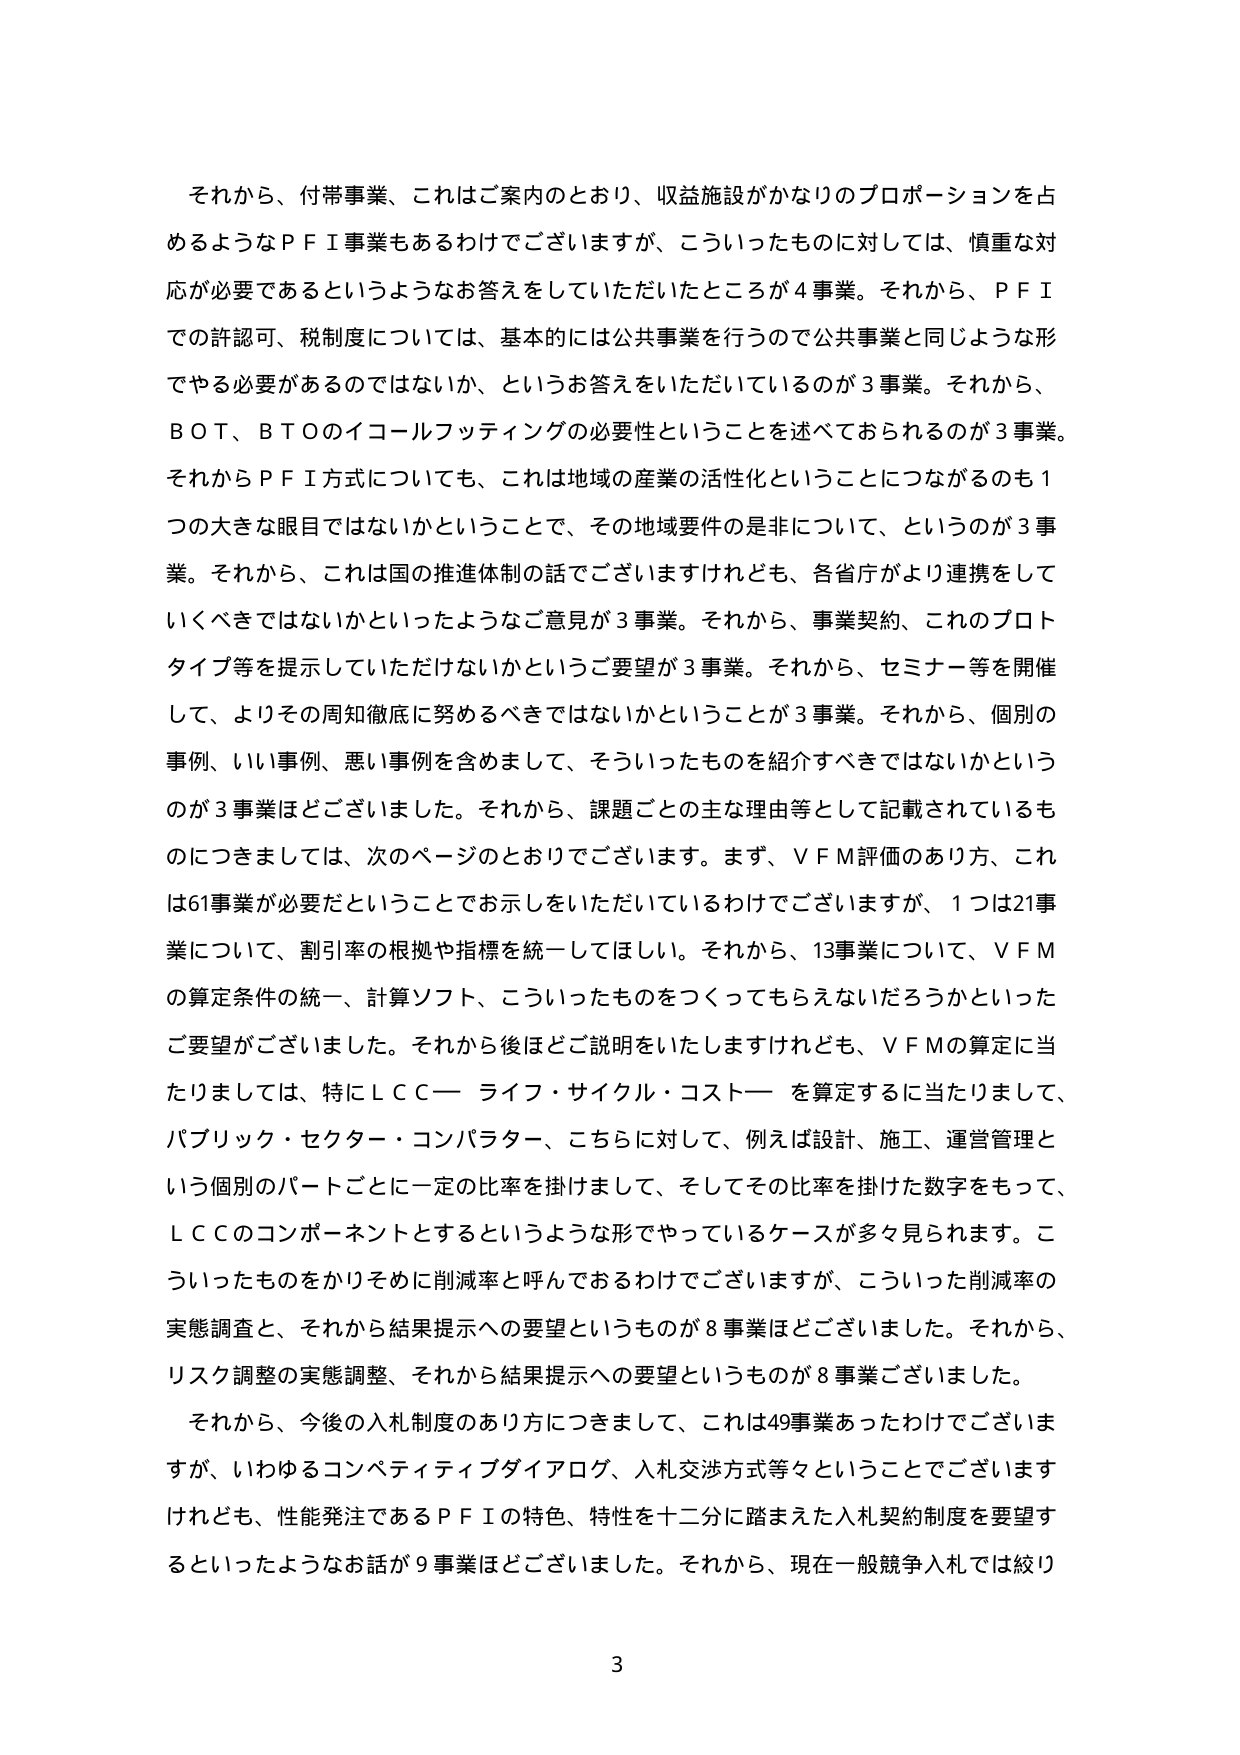
それから、付帯事業、これはご案内のとおり、収益施設がかなりのプロポーションを占めるようなＰＦＩ事業もあるわけでございますが、こういったものに対しては、慎重な対応が必要であるというようなお答えをしていただいたところが４事業。それから、ＰＦＩでの許認可、税制度については、基本的には公共事業を行うので公共事業と同じような形でやる必要があるのではないか、というお答えをいただいているのが３事業。それから、ＢＯＴ、ＢＴＯのイコールフッティングの必要性ということを述べておられるのが３事業。それからＰＦＩ方式についても、これは地域の産業の活性化ということにつながるのも１つの大きな眼目ではないかということで、その地域要件の是非について、というのが３事業。それから、これは国の推進体制の話でございますけれども、各省庁がより連携をしていくべきではないかといったようなご意見が３事業。それから、事業契約、これのプロトタイプ等を提示していただけないかというご要望が３事業。それから、セミナー等を開催して、よりその周知徹底に努めるべきではないかということが３事業。それから、個別の事例、いい事例、悪い事例を含めまして、そういったものを紹介すべきではないかというのが３事業ほどございました。それから、課題ごとの主な理由等として記載されているものにつきましては、次のページのとおりでございます。まず、ＶＦＭ評価のあり方、これは61事業が必要だということで示しをいただいているわけでございますが、１つは21事業について、割引率の根拠や指標を統一してほしい。それから、13事業について、ＶＦＭの算定条件の統一、計算ソフト、こういったものをつくってもらえないだろうかといったご要望がございました。それから後ほどご説明をいたしますけれども、ＶＦＭの算定に当たりましては、特にＬＣＣ―ライフ・サイクル・コスト―を算定するに当たりまして、パブリック・セクター・コンパラター、こちらに対して、例えば設計、施工、運営管理という個別のパートごとに一定の比率を掛けまして、そしてその比率を掛けた数字をもって、ＬＣＣのコンポーネントとするというような形でやっているケースが多々見られます。こういったものをかりそめに削減率と呼んでおるわけでございますが、こういった削減率の実態調査と、それから結果提示への要望というものが８事業ほどございました。それから、リスク調整の実態調整、それから結果提示への要望というものが８事業ございました。

それから、今後の入札制度のあり方につきまして、これは49事業あったわけでございますが、いわゆるコンペティティブダイアログ、入札交渉方式等々ということでございますけれども、性能発注であるＰＦＩの特色、特性を十二分に踏まえた入札契約制度を要望するといったようなお話が９事業ほどございました。それから、現在一般競争入札では絞り

3